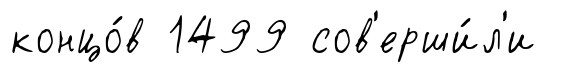
концо́в 1499 сов'ерши́л'и